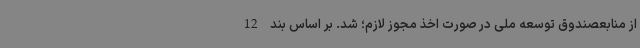
از منابعصندوق توسعه ملی در صورت اخذ مجوز لازم؛ شد. بر اساس بند 12